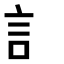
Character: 訁